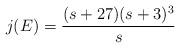
LaTeX: \begin{align*}j(E) = \frac{(s+27)(s+3)^3}{s}\end{align*}